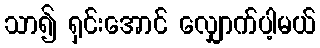
သာ၍ ရှင်းအောင် လျှောက်ပါ့မယ်